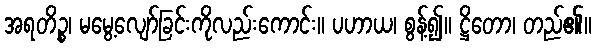
အရတိဉ္စ၊ မမွေ့လျော်ခြင်းကိုလည်းကောင်း။ ပဟာယ၊ စွန့်၍။ ဋ္ဌိတော၊ တည်၏။